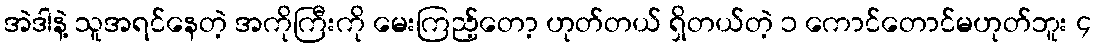
အဲဒါနဲ့ သူအရင်နေတဲ့ အကိုကြီးကို မေးကြည့်တော့ ဟုတ်တယ် ရှိတယ်တဲ့ ၁ ကောင်တောင်မဟုတ်ဘူး ၄